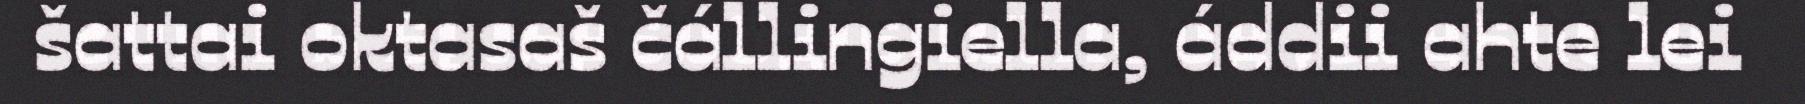
šattai oktasaš čállingiella, áddii ahte lei